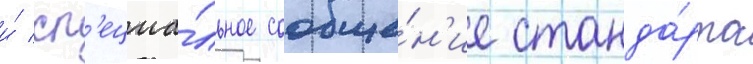
и́ сп'ециа́льное сообще́н'ие станда́рта